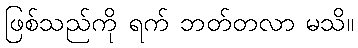
ဖြစ်သည်ကို ရက် ဘတ်တလာ မသိ။